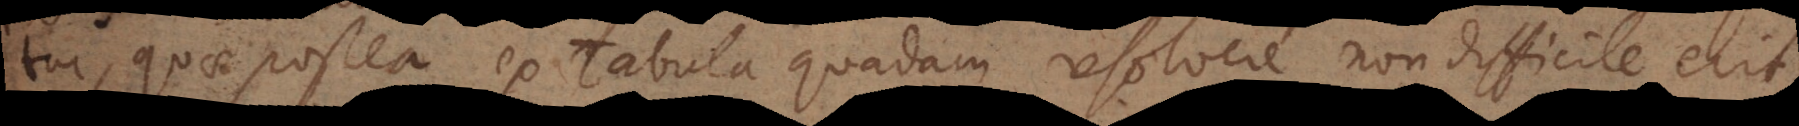
tur, quae postea ex Tabula quadam resolvere non difficile erit.